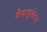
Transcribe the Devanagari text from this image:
मैसाचुसेटस्